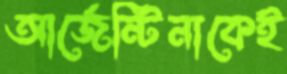
আর্জেন্টিনাকেই